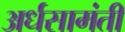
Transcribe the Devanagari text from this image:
अर्धसामंती